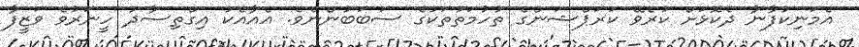
އެމަނިކުފާނާ ދެކޮޅަށް ކުރެވޭ ކަރަޕްޝަންގެ ތުހުމަތުތަކުގެ ސަބަބުންނެވެ. އެއާއެކު އިގްތިސާދު ހީނަރުވެ ވަޒީފާ